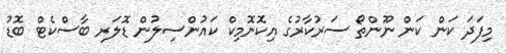
މިފަދަ ކަން ކަން ނޫންތޯ ސަރުކާރުގެ އިކޮނޮމިކް ކައުންސިލުން ޑޮލަރ ބާސްކެޓް ބޮޑު